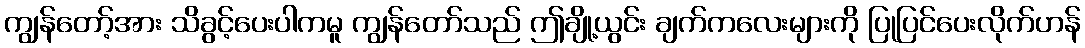
ကျွန်တော့်အား သိခွင့်ပေးပါကမူ ကျွန်တော်သည် ဤချို့ယွင်း ချက်ကလေးများကို ပြုပြင်ပေးလိုက်ဟန်